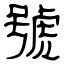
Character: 號